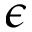
\epsilon